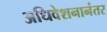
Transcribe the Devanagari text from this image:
अधिवेशनानंतर